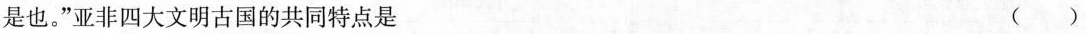
是也。”亚非四大文明古国的共同特点是 （）